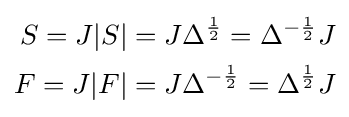
{\begin{aligned}S=J|S|&=J\Delta ^{\frac {1}{2}}=\Delta ^{-{\frac {1}{2}}}J\\F=J|F|&=J\Delta ^{-{\frac {1}{2}}}=\Delta ^{\frac {1}{2}}J\end{aligned}}